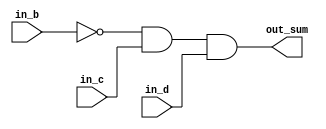
module parity_02(
    in_b,
    in_c,
    in_d,
    out_sum
);

input in_b;
input in_c;
input in_d;
output out_sum;

assign out_sum = (~in_b) & in_c & in_d;

endmodule